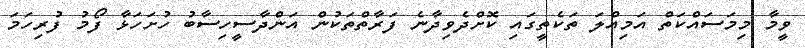
ވީމާ މިމަސައްކަތް އަމިއްލަ ތަކެތީގައި ކޮށްދެވިދާނެ ފަރާތްތަކުން އަންދާސީހިސާބު ހުށަހަޅާ ފޯމު ފުރިހަމަ